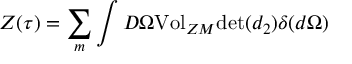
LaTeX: { \cal { Z } } ( \tau { } ) = \sum _ { m } \int { \cal { D } } \Omega { \mathrm { V o l } } _ { Z M } { \mathrm { d e t } } ( d _ { 2 } ) \delta { } ( d \Omega { } )